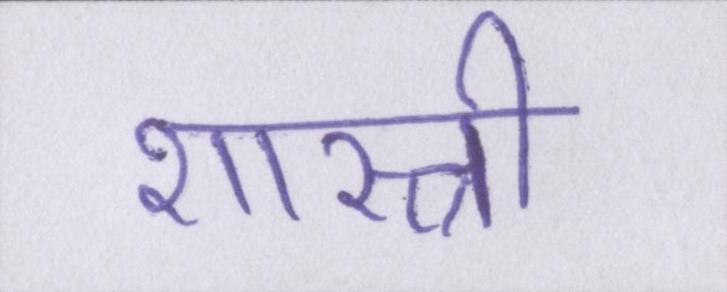
शास्त्री